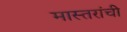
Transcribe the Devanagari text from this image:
मास्तरांची